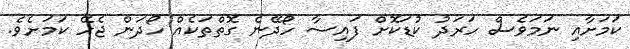
ކަމަށާއި ނަމަވެސް ހަރަދު ކުޑަކޮށް ފައިސާ ހޯދޭނެ ގޮތްތަކެއް ހޯދަން ޖެހޭ ކަމަށެވެ.